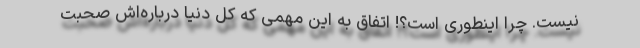
نیست. چرا اینطوری است؟! اتفاق به این مهمی که کل دنیا درباره‌اش صحبت